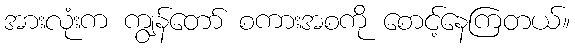
အားလုံးက ကျွန်တော် စကားအစကို စောင့်နေကြတယ်။